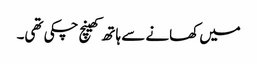
میں کھانے سے ہاتھ کھینچ چکی تھی۔